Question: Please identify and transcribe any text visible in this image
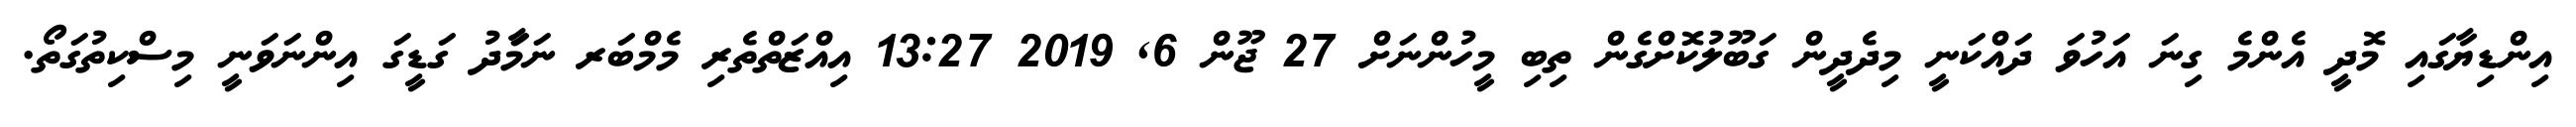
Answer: އިންޑިޔާގައި މޮދީ އެންމެ ގިނަ އަހުވަ ދައްކަނީ މިދެދީން ގަބޫލުކޮށްގެން ތިބި މީހުންނަށް 27 ޖޫން 6, 2019 13:27 އިއްޒަތްތެރި މެމްބަރ ނަމަާދު ގަޑީގަ އިންނަވަނީ މިސްކިތުގަތޯ.